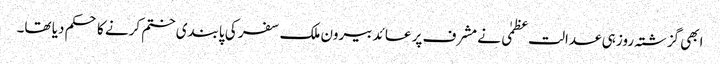
ابھی گزشتہ روز ہی عدالت عظمٰی نے مشرف پر عائد بیرون ملک سفر کی پابندی ختم کرنے کا حکم دیا تھا۔